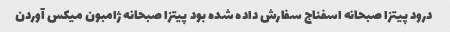
درود پیتزا صبحانه اسفناج سفارش داده شده بود پیتزا صبحانه ژامبون میکس آوردن